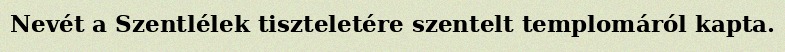
Nevét a Szentlélek tiszteletére szentelt templomáról kapta.